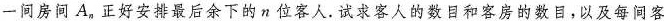
一间房间A_{n}正好安排最后余下的n位客人.试求客人的数目和客房的数目，以及每间客